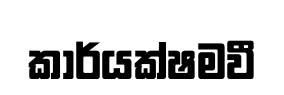
කාර්යක්ෂමවී